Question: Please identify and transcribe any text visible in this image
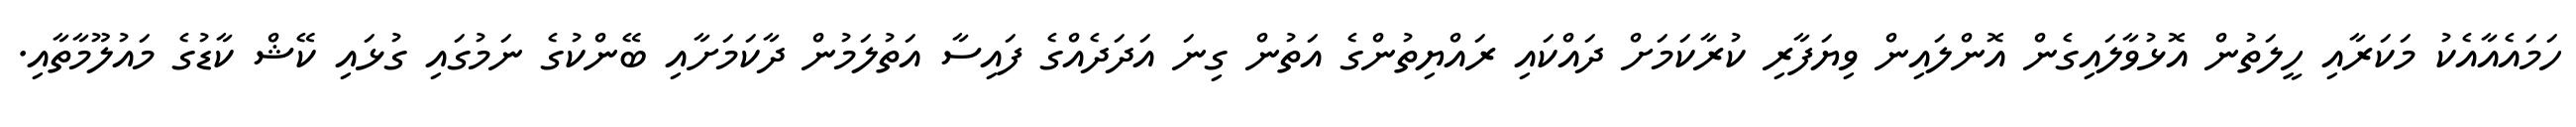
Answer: ހަމައެއާއެކު މަކަރާއި ހީލަތުން އޮޅުވާލައިގެން އޮންލައިން ވިޔަފާރި ކުރާކަމަށް ދައްކައި ރައްޔިތުންގެ އަތުން ގިނަ އަދަދެއްގެ ފައިސާ އަތުލަމުން ދާކަމަށާއި ބޭންކުގެ ނަމުގައި ގުޅައި ކޭޝް ކާޑުގެ މައުލޫމާތާއި.